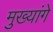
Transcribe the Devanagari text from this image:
मुख्यांगे